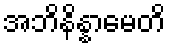
အဘိနိန္နာမေတိ